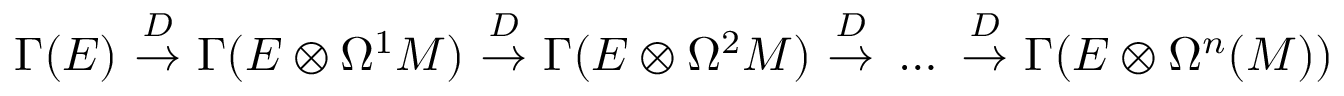
\Gamma ( E ) \ { \stackrel { D } { \to } } \ \Gamma ( E \otimes \Omega ^ { 1 } M ) \ { \stackrel { D } { \to } } \ \Gamma ( E \otimes \Omega ^ { 2 } M ) \ { \stackrel { D } { \to } } \ \dots \ { \stackrel { D } { \to } } \ \Gamma ( E \otimes \Omega ^ { n } ( M ) )